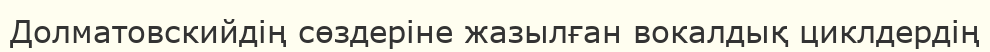
Долматовскийдің сөздеріне жазылған вокалдық циклдердің